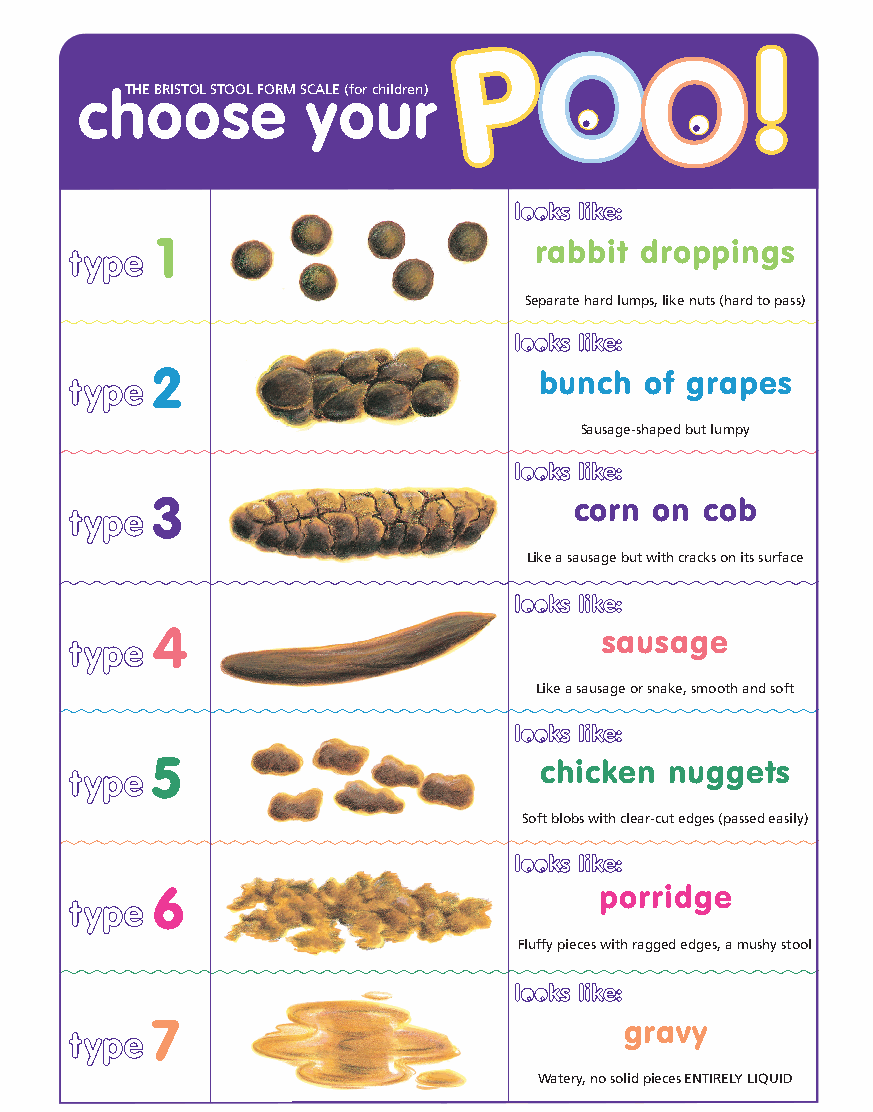
chTHEo BRISToOL STsOOLe FORM SyCALEo (for cuhildrern)
 1                        rabbit droppings
 Separate hard lumps, like nuts (hard to pass)
 2                         bunch  of grapes
 Sausage-shaped but lumpy
 3                           corn on cob
 Like a sausage but with cracks on its surface
 4                             sausage
 Like a sausage or snake, smooth and soft
 5                         chicken nuggets
 Soft blobs with clear-cut edges (passed easily)
 6                             porridge
 Fluffy pieces with ragged edges, a mushy stool
 7                              gravy
 Watery, no solid pieces ENTIRELY LIQUID
 Concept by Professor DCA Candy and Emma Davey,
 based on the Bristol Stool Form Scale produced
 by Dr KW Heaton, Reader in Medicine at the
 University of Bristol.
 ©2005 Produced by Norgine Pharmaceuticals
 Limited, manufacturer of Movicol®Paediatric Plain